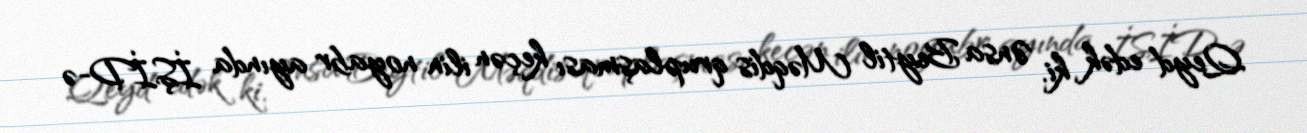
Qeyd edək ki, Ənsa Beytil Məqdis qruplaşması keçən ilin noyabr ayında İŞİD-ə